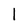
Character: l